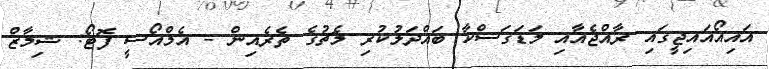
އައިއޯއައިޖީގައި ރާއްޖެއާއި މަޑަގަސްކާ ބައްދަލުކުރި މެޗުގެ ތެރެއިން - އެމްއޯސީ ފޮޓޯ: ޝިމާޒް